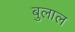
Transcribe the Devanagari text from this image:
बुलाल